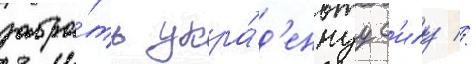
забра́ть укра́д'еннуу с'илу //